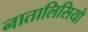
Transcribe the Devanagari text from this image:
नातालिसियो